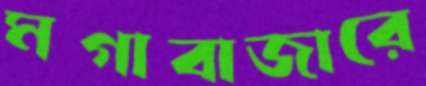
মগাবাজারে